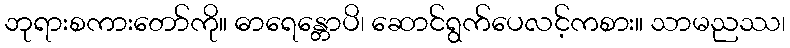
ဘုရားစကားတော်ကို။ ဓာရေန္တောပိ၊ ဆောင်ရွက်ပေလင့်ကစား။ သာမညဿ၊